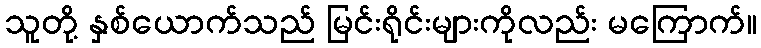
သူတို့ နှစ်ယောက်သည် မြင်းရိုင်းများကိုလည်း မကြောက်။